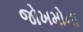
જોખમોના